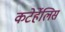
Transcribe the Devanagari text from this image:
कटेर्हेलिस